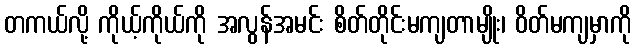
တကယ်လို့ ကိုယ့်ကိုယ်ကို အလွန်အမင်း စိတ်တိုင်းမကျတာမျိုး၊ ဝိတ်မကျမှာကို